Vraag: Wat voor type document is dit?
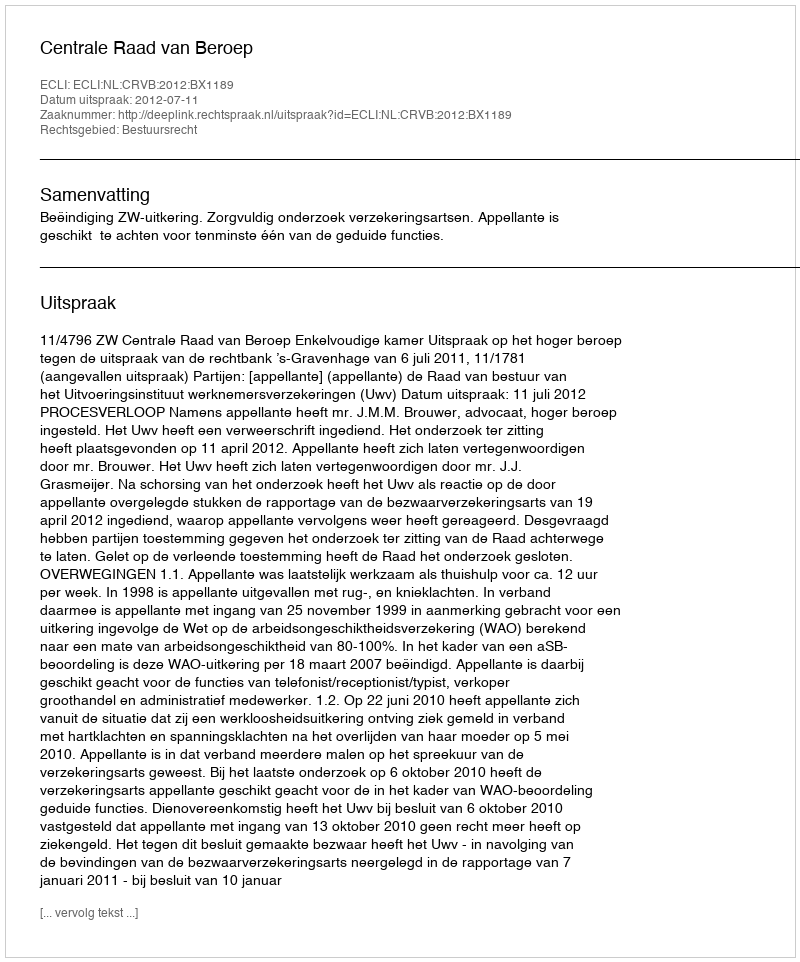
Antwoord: Uitspraak